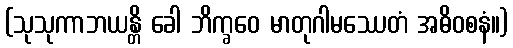
(သုသုကာဘယန္တိ ခေါ ဘိက္ခဝေ မာတုဂါမဿေတံ အဓိဝစနံ။)